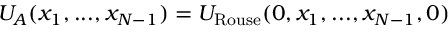
U _ { A } ( x _ { 1 } , . . . , x _ { N - 1 } ) = U _ { \mathrm { R o u s e } } ( 0 , x _ { 1 } , . . . , x _ { N - 1 } , 0 )